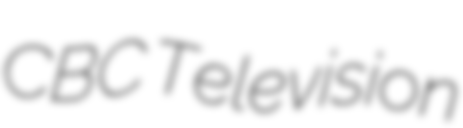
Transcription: CBC Television